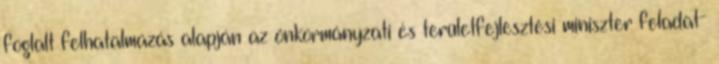
foglalt felhatalmazás alapján az önkormányzati és területfejlesztési miniszter feladat-